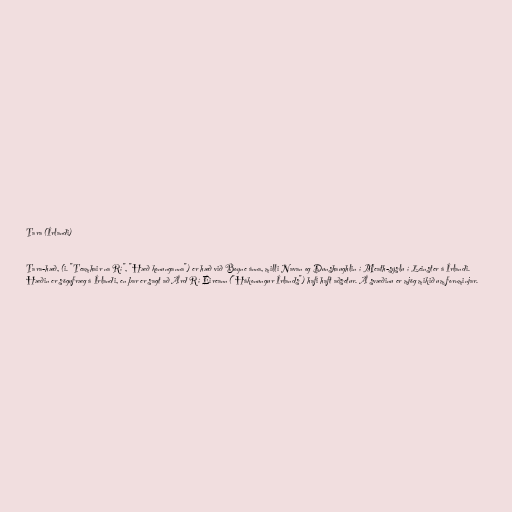
Tara (Írlandi)

Tara-hæð, (i. "Teamhair na Rí", "Hæð konunganna") er hæð við Boyne ánna, milli Navan og Dunshaughlin í Meath-sýslu í Leinster á Írlandi.
Hæðin er sögufræg á Írlandi, en þar er sagt að Árd Rí Éireann ("Hákonungur Írlands") hafi haft aðsetur. Á svæðinu er mjög mikið um fornminjar.